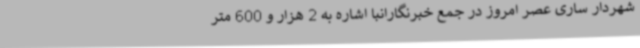
شهردار ساری عصر امروز در جمع خبرنگارانبا اشاره به 2 هزار و 600 متر